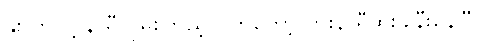
နိုးလာလို့ နာရီလှမ်းကြည့်လိုက်တော့ ကိုးနာရီထိုးခါနီးနေပြီ။